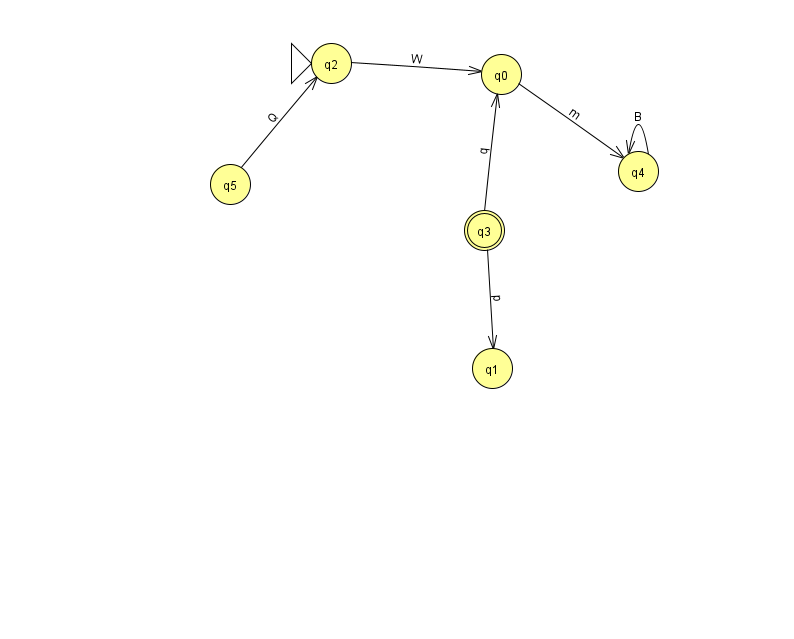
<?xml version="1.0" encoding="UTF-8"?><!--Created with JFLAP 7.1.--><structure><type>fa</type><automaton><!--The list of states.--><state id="0" name="q0"><x>501.0</x><y>61.0</y></state><state id="1" name="q1"><x>492.0</x><y>355.0</y></state><state id="2" name="q2"><x>331.0</x><y>50.0</y><initial/></state><state id="3" name="q3"><x>484.0</x><y>217.0</y><final/></state><state id="4" name="q4"><x>638.0</x><y>158.0</y></state><state id="5" name="q5"><x>230.0</x><y>171.0</y></state><!--The list of transitions.--><transition><from>0</from><to>4</to><read>m</read></transition><transition><from>5</from><to>2</to><read>Q</read></transition><transition><from>3</from><to>0</to><read>q</read></transition><transition><from>3</from><to>1</to><read>p</read></transition><transition><from>4</from><to>4</to><read>B</read></transition><transition><from>2</from><to>0</to><read>W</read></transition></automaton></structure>